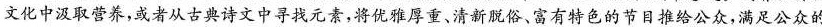
文化中汲取营养，或者从古典诗文中寻找元素，将优雅厚重、清新脱俗、富有特色的节目推给公众，满足公众的